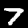
Label: 7